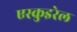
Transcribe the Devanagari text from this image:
एस्कुइरेल